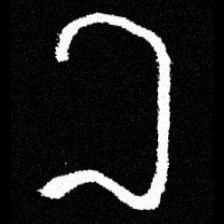
Pyu character \u2014 Myanmar letter: ခ (romanized: kha)